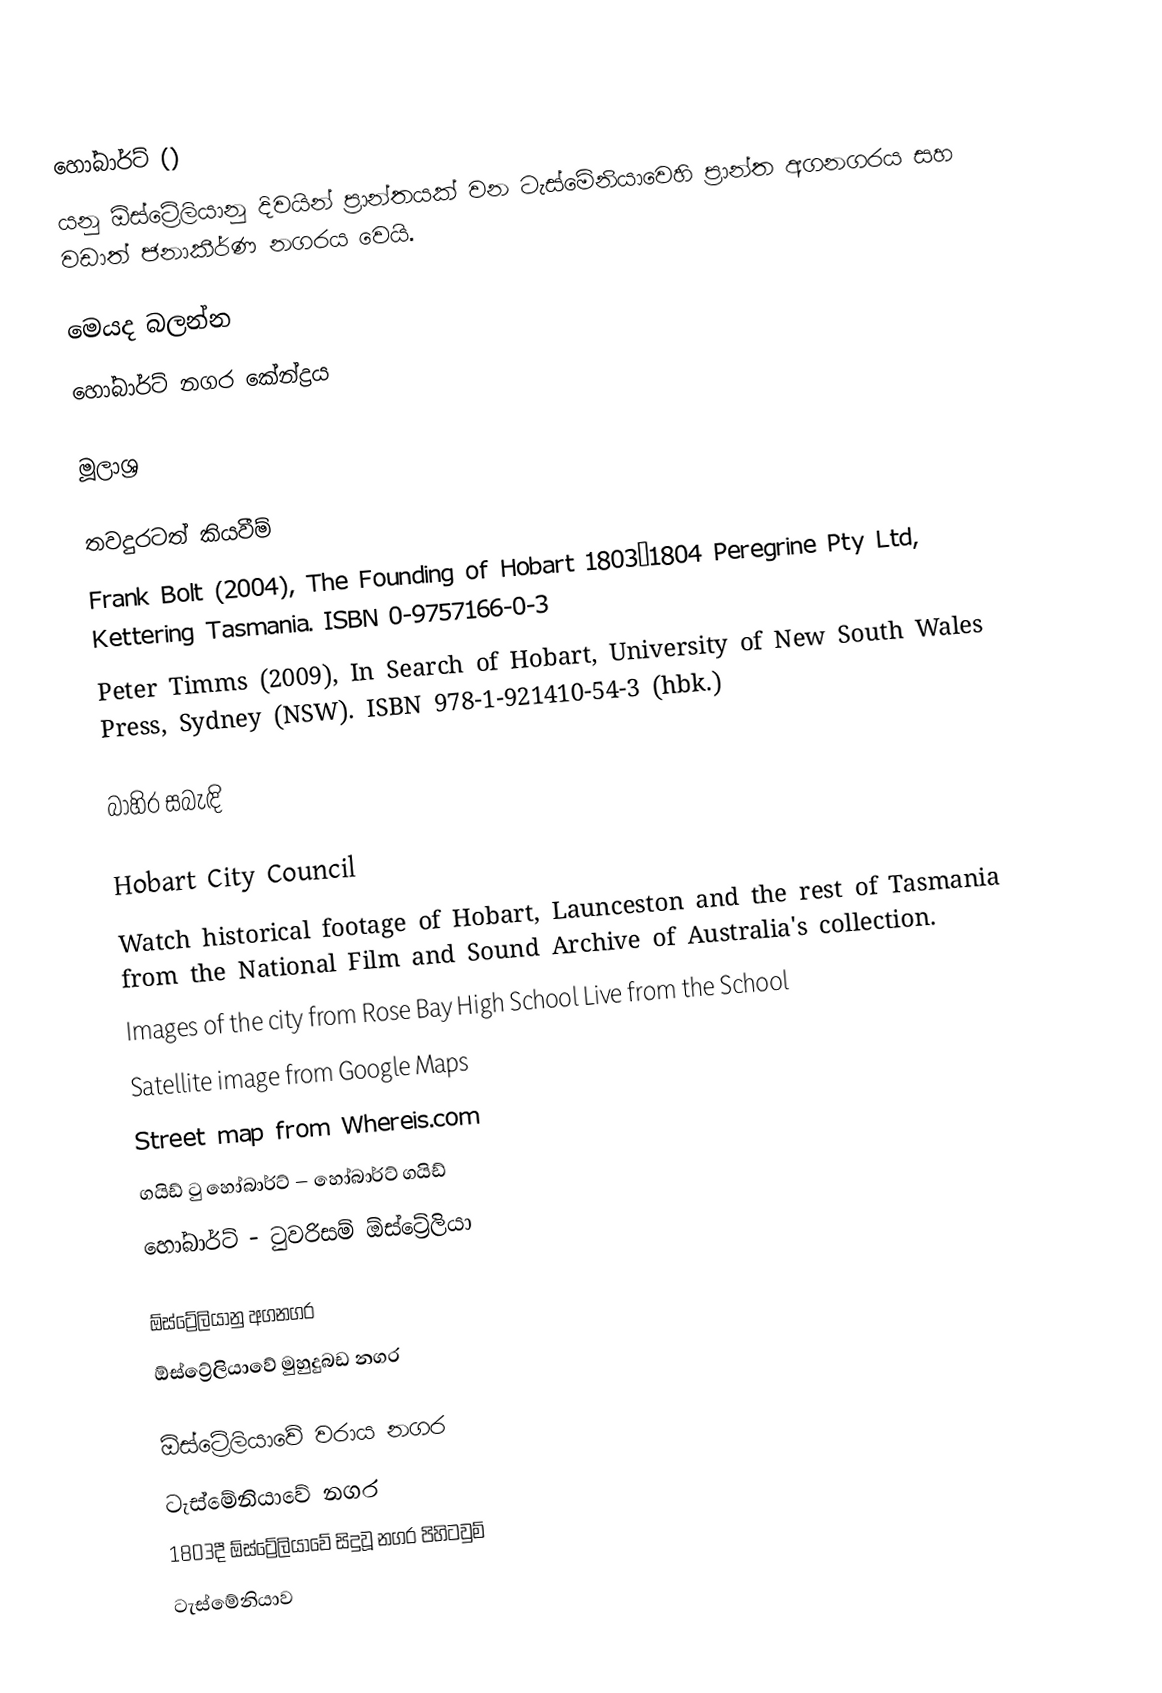
හෝබාර්ට් ()
යනු ඕස්ට්‍රේලියානු දිවයින් ප්‍රාන්තයක් වන ටැස්මේනියාවෙහි ප්‍රාන්ත අගනගරය සහ වඩාත් ජනාකීර්ණ නගරය වෙයි.

මෙයද බලන්න
 හෝබාර්ට් නගර කේන්ද්‍රය

මූලාශ්‍ර

තවදුරටත් කියවීම්
 Frank Bolt (2004), The Founding of Hobart 1803–1804 Peregrine Pty Ltd, Kettering Tasmania. ISBN 0-9757166-0-3
 Peter Timms (2009), In Search of Hobart, University of New South Wales Press, Sydney (NSW). ISBN 978-1-921410-54-3 (hbk.)

බාහිර සබැඳි

 Hobart City Council
 Watch historical footage of Hobart, Launceston and the rest of Tasmania from the National Film and Sound Archive of Australia's collection.
 Images of the city from Rose Bay High School Live from the School
 Satellite image from Google Maps
 Street map from Whereis.com
 ගයිඩ් ටු හෝබාර්ට් – හෝබාර්ට් ගයිඩ්
 හෝබාර්ට් - ටුවරිසම් ඕස්ට්‍රේලියා

ඕස්ට්‍රේලියානු අගනගර
ඕස්ට්‍රේලියාවේ මුහුදුබඩ නගර

ඕස්ට්‍රේලියාවේ වරාය නගර
ටැස්මේනියාවේ නගර
1803දී ඕස්ට්‍රේලියාවේ සිදුවූ නගර පිහිටවුම්
ටැස්මේනියාව